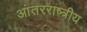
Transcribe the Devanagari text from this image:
आंतरराष्त्रीय